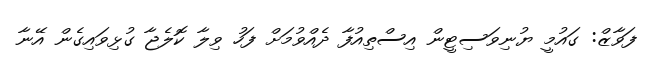
ފަވާޒް: ގައުމީ ޔުނިވަސިޓީން އިސްތިއުފާ ދެއްވުމަށް ފަހު ވިލާ ކޮލެޖާ ގުޅިވައިގެން އޭނާ